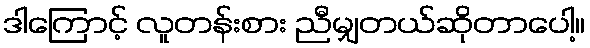
ဒါကြောင့် လူတန်းစား ညီမျှတယ်ဆိုတာပေါ့။